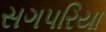
સગપરિયા